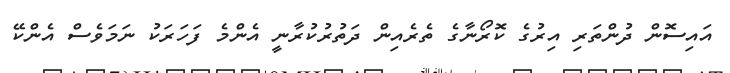
އައިސޮން ދުންތަރި އިރުގެ ކޮރޯނާގެ ތެރެއިން ދަތުރުކުރާނީ އެންމެ ފަހަރަކު ނަމަވެސް އެންކޭ